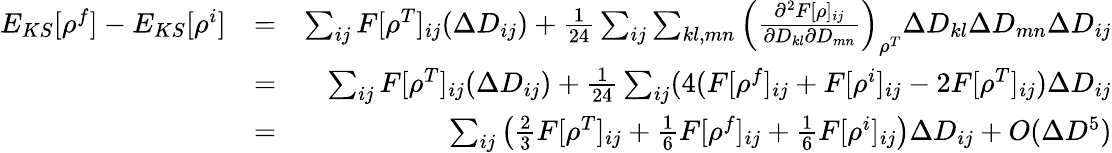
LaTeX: \begin{array}{rlr}{E_{KS}[\rho^{f}]-E_{KS}[\rho^{i}]}&{=}&{\sum_{ij}F[\rho^{T}]_{ij}(\Delta D_{ij})+\frac{1}{24}\sum_{ij}\sum_{kl,mn}\left(\frac{\partial^{2}F[\rho]_{ij}}{\partial D_{kl}\partial D_{mn}}\right)_{\rho^{T}}\Delta D_{kl}\Delta D_{mn}\Delta D_{ij}}\\ &{=}&{\sum_{ij}F[\rho^{T}]_{ij}(\Delta D_{ij})+\frac{1}{24}\sum_{ij}(4(F[\rho^{f}]_{ij}+F[\rho^{i}]_{ij}-2F[\rho^{T}]_{ij})\Delta D_{ij}}\\ &{=}&{\sum_{ij}\left(\frac{2}{3}F[\rho^{T}]_{ij}+\frac{1}{6}F[\rho^{f}]_{ij}+\frac{1}{6}F[\rho^{i}]_{ij}\right)\Delta D_{ij}+O(\Delta D^{5})}\end{array}